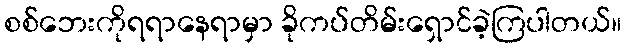
စစ်ဘေးကိုရရာနေရာမှာ ခိုကပ်တိမ်းရှောင်ခဲ့ကြပါတယ်။